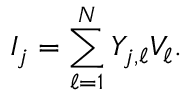
I _ { j } = \sum _ { \ell = 1 } ^ { N } Y _ { j , \ell } V _ { \ell } .